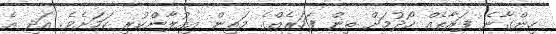
ހިންގާނެ ފަރާތެއް ހޯދުމަށް ތިން ފަހަރެއްގެ މަތިން އިއުލާންކުރި ކަމަށެވެ. އަދި އެ